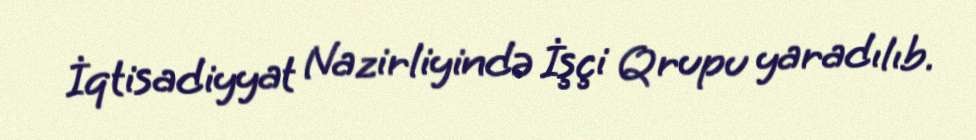
İqtisadiyyat Nazirliyində İşçi Qrupu yaradılıb.